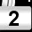
Digit: 2